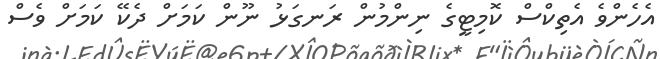
އެހެންވެ އެތިކްސް ކޮމިޓީގެ ނިންމުން ރަނގަޅު ނޫން ކަމަށް ދެކޭ ކަމަށް ވެސް